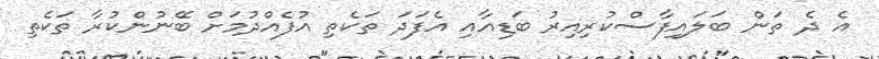
އެ ދެ ތަން ބަލައިފާސްކުރިއިރު ބަޑިއާއި އެފަދަ ތަކެތި އުފެއްދުމަށް ބޭނުންކުރާ ތަކެތި